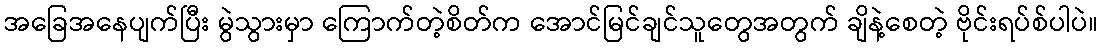
အခြေအနေပျက်ပြီး မွဲသွားမှာ ကြောက်တဲ့စိတ်က အောင်မြင်ချင်သူတွေအတွက် ချိနဲ့စေတဲ့ ဗိုင်းရပ်စ်ပါပဲ။